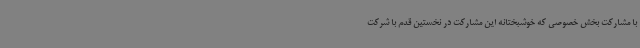
با مشارکت بخش خصوصی که خوشبختانه این مشارکت در نخستین قدم با شرکت